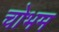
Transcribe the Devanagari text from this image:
चोभम